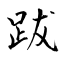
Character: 跋